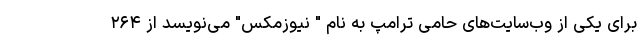
برای یکی از وب‌سایت‌های حامی ترامپ به نام " نیوزمکس" می‌نویسد از ۲۶۴